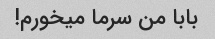
بابا من سرما میخورم!